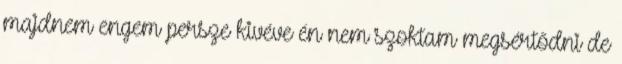
majdnem engem persze kivéve én nem szoktam megsértődni de